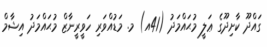
ގައްދޫ ކާށިދޫގެ ޢަލީ މުޙައްމަދު (41އ) މ. މަޑުއްވަރި ހަވީރީނާޒް މުޙައްމަދު އިޝާމް